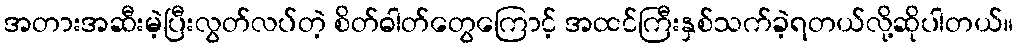
အတားအဆီးမဲ့ပြီးလွတ်လပ်တဲ့ စိတ်ဓါတ်တွေကြောင့် အထင်ကြီးနှစ်သက်ခဲ့ရတယ်လို့ဆိုပါတယ်။